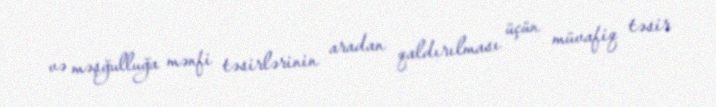
və məşğulluğa mənfi təsirlərinin aradan qaldırılması üçün müvafiq təsir